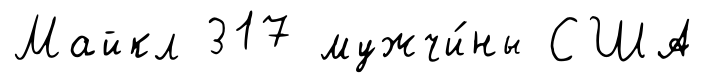
Майкл 317 мужчи́ны США